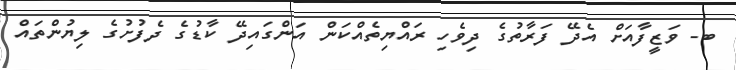
ބ- ވަޒީފާއަށް އެދޭ ފަރާތުގެ ދިވެހި ރައްޔިތެއްކަން އަންގައިދޭ ކާޑުގެ ދެފުށުގެ ލިޔުންތައް